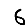
Digit: 6